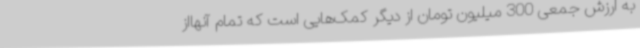
به ارزش جمعی 300 میلیون تومان از دیگر کمک‌هایی است که تمام آنهااز